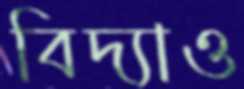
বিদ্যাও